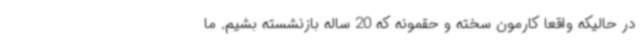
در حالیکه واقعا کارمون سخته و حقمونه که 20 ساله بازنشسته بشیم. ما